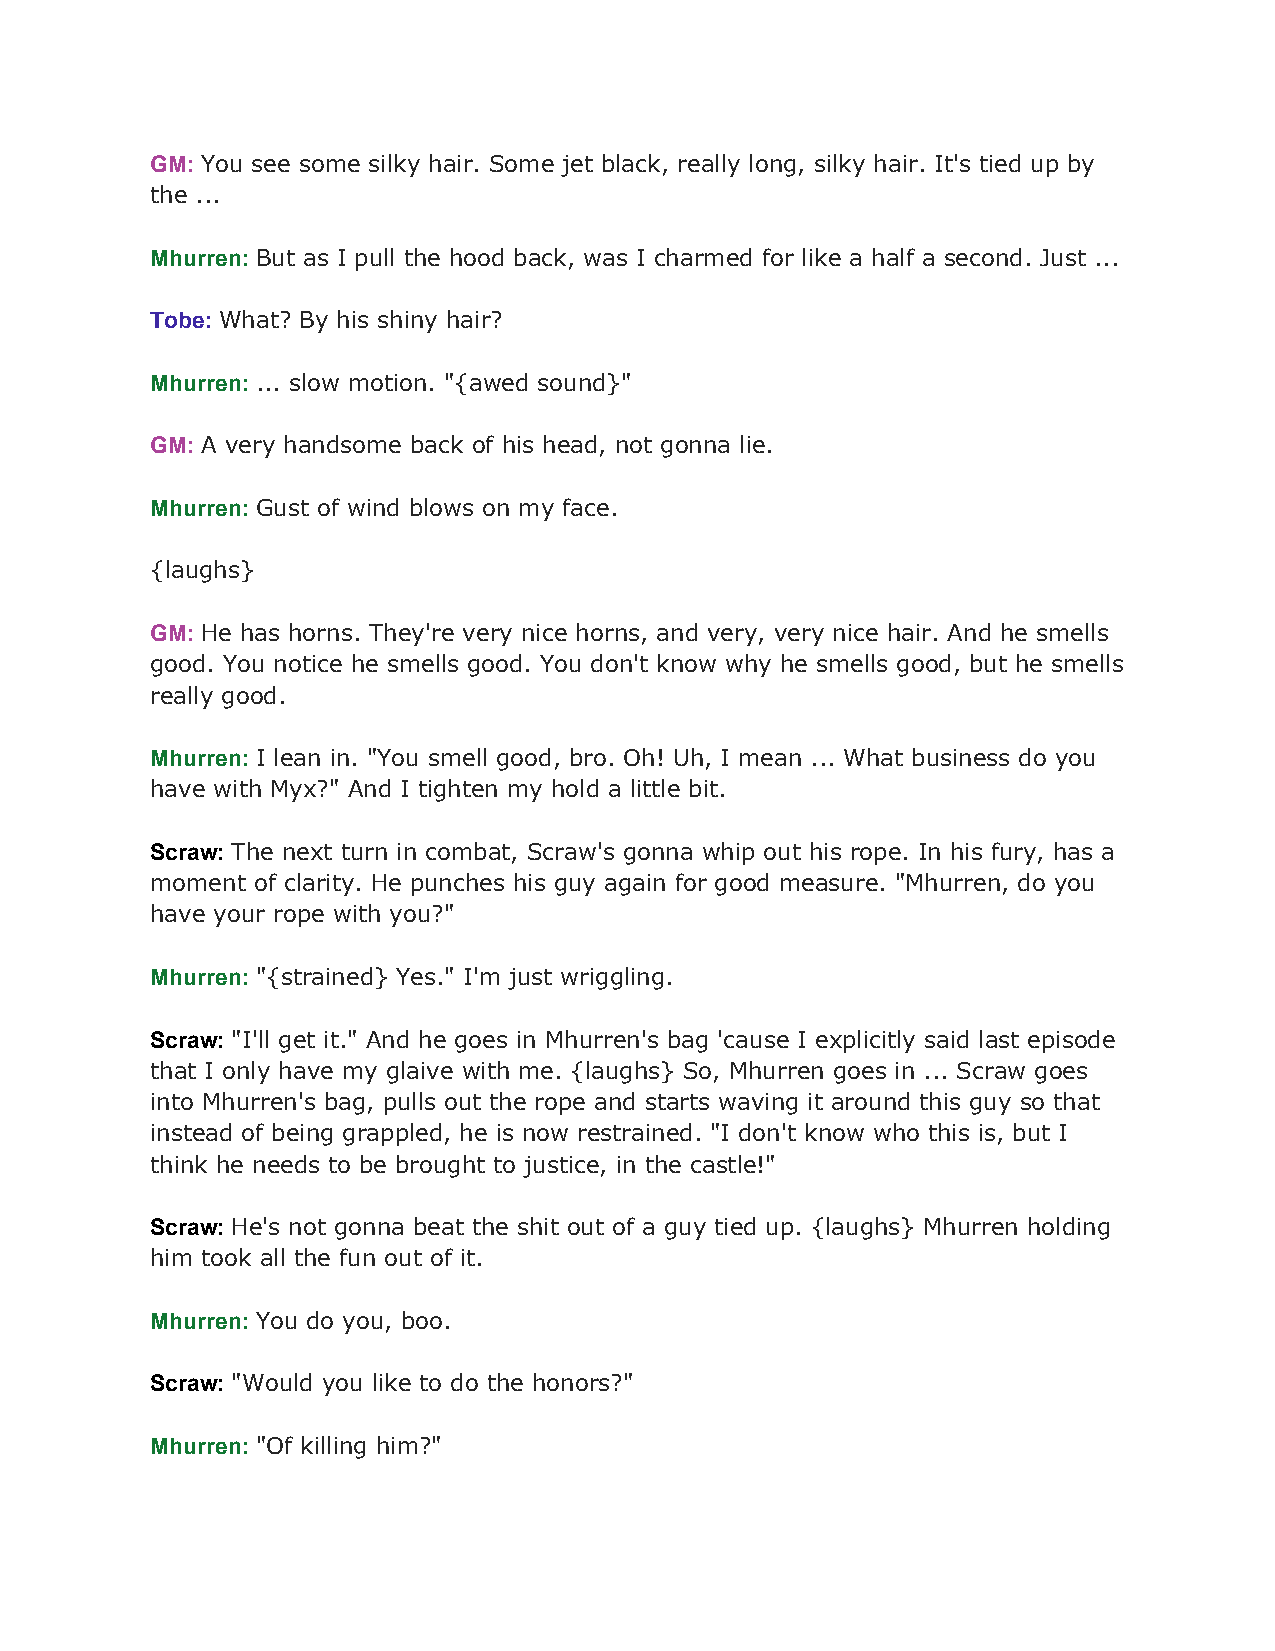
GM: You see some silky hair. Some jet black, really long, silky hair. It's tied up by
 ​
 the ...
 Mhurren: But as I pull the hood back, was I charmed for like a half a second. Just ...
 ​
 Tobe: What? By his shiny hair?
 ​
 Mhurren: ... slow motion. "{awed sound}"
 ​
 GM: A very handsome back of his head, not gonna lie.
 ​
 Mhurren: Gust of wind blows on my face.
 ​
 {laughs}
 GM: He has horns. They're very nice horns, and very, very nice hair. And he smells
 ​
 good. You notice he smells good. You don't know why he smells good, but he smells
 really good.
 Mhurren: I lean in. "You smell good, bro. Oh! Uh, I mean ... What business do you
 ​
 have with Myx?" And I tighten my hold a little bit.
 Scraw: The next turn in combat, Scraw's gonna whip out his rope. In his fury, has a
 ​
 moment of clarity. He punches his guy again for good measure. "Mhurren, do you
 have your rope with you?"
 Mhurren: "{strained} Yes." I'm just wriggling.
 ​
 Scraw: "I'll get it." And he goes in Mhurren's bag 'cause I explicitly said last episode
 ​
 that I only have my glaive with me. {laughs} So, Mhurren goes in ... Scraw goes
 into Mhurren's bag, pulls out the rope and starts waving it around this guy so that
 instead of being grappled, he is now restrained. "I don't know who this is, but I
 think he needs to be brought to justice, in the castle!"
 Scraw: He's not gonna beat the shit out of a guy tied up. {laughs} Mhurren holding
 ​
 him took all the fun out of it.
 Mhurren: You do you, boo.
 ​
 Scraw: "Would you like to do the honors?"
 ​
 Mhurren: "Of killing him?"
 ​